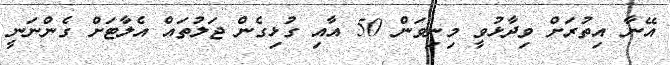
އޭނާ އިތުރަށް ވިދާޅުވީ މިނިވަން 50 އާއި ގުޅިގެން ޖަލުތައް އެލާޓަށް ގެންނަނީ